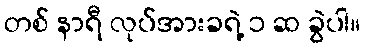
တစ် နာရီ လုပ်အားခရဲ့ ၁ ဆ ခွဲပါ။